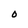
Character: O